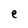
Character: e